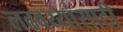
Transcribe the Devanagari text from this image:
लढवय्यांसाठी